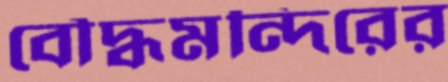
বৌদ্ধমন্দিরের